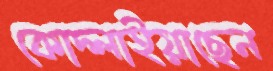
কোদ্‌লাইয়াছেন